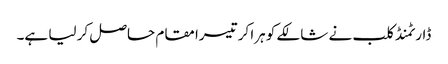
ڈارٹمنڈ کلب نے شالکے کو ہرا کر تیسرا مقام حاصل کر لیا ہے۔